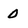
Character: 0